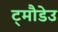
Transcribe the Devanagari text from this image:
ट्मौडेउ